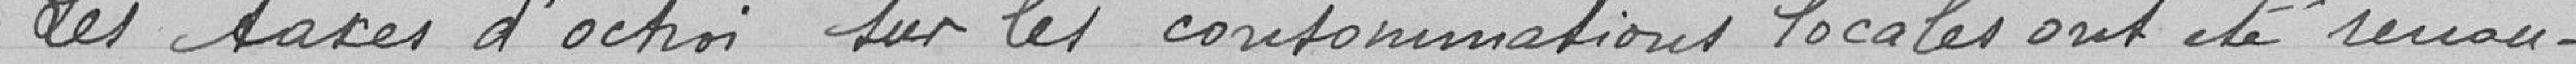
Les taxes d'octroi sur les consommations locales ont été renou-